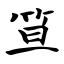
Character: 笪